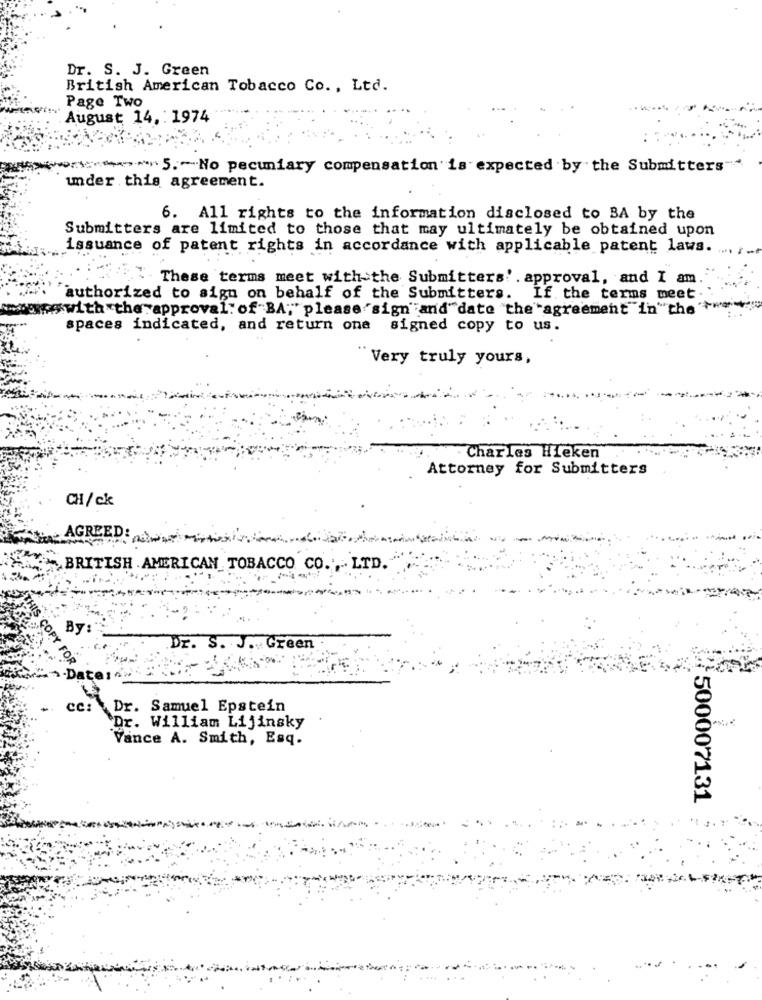
Dr. S. J. Green
British American Tobacco Co ., Ltd.
Page Two
August 14, : 1974
ort:>>5 .- No pecuniary compensation is expected by the Submitters"
under this agreement.
6. All rights to the information disclosed to BA by the
Submitters are limited to those that may ultimately be obtained upon
issuance of patent rights in accordance with applicable patent laws. ....
These terms meet with the Submitters' . approval, and I am
authorized to sign on behalf of the Submitters. If the terms meet.
wxwith the approval: of BA; please sign" and" date "the agreement" in" the"
spaces indicated, and return ona
signed copy to us.
Very truly yours,
- Charles Hleken
Attorney for Submitters
CH/ck
AGREED:
BRITISH AMERICAN TOBACCO CO ., LTD.
Dr. S. J. Green
FOR
-Date :-
Cc:
Dr. Samuel Epstein
Dr. William Lijinsky
Vance A. Smith, Esq.
500007131